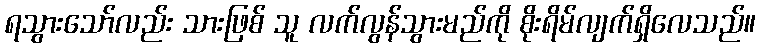
ရသွားသော်လည်း သားဖြစ် သူ လက်လွန်သွားမည်ကို စိုးရိမ်လျက်ရှိလေသည်။